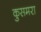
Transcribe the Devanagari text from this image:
कुसमरा